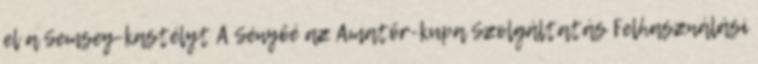
el a Semsey-kastélyt A Sényőé az Amatőr-kupa Szolgáltatás Felhasználási